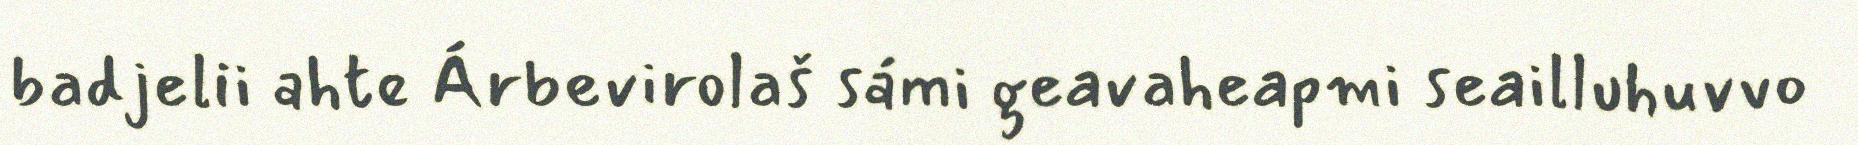
badjelii ahte Árbevirolaš sámi geavaheapmi seailluhuvvo